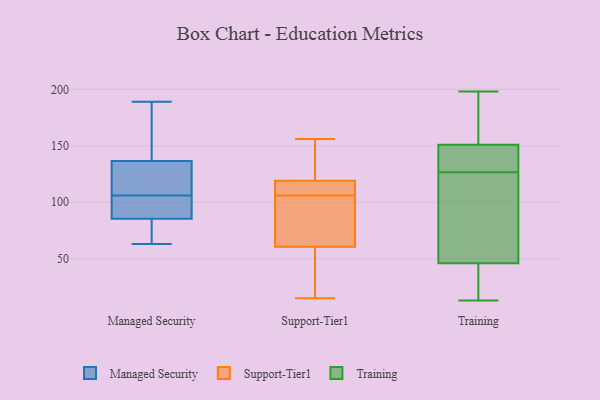
{"axis": {"x": "Bounce Rate (%)", "y": "Value"}, "legend": ["Managed Security", "Support-Tier1", "Training"], "data": [{"x": "", "y": 187, "type": "Managed Security"}, {"x": "", "y": 63, "type": "Managed Security"}, {"x": "", "y": 63, "type": "Managed Security"}, {"x": "", "y": 189, "type": "Managed Security"}, {"x": "", "y": 135, "type": "Managed Security"}, {"x": "", "y": 114, "type": "Managed Security"}, {"x": "", "y": 92, "type": "Managed Security"}, {"x": "", "y": 105, "type": "Managed Security"}, {"x": "", "y": 106, "type": "Managed Security"}, {"x": "", "y": 137, "type": "Managed Security"}, {"x": "", "y": 83, "type": "Managed Security"}, {"x": "", "y": 15, "type": "Support-Tier1"}, {"x": "", "y": 111, "type": "Support-Tier1"}, {"x": "", "y": 119, "type": "Support-Tier1"}, {"x": "", "y": 64, "type": "Support-Tier1"}, {"x": "", "y": 60, "type": "Support-Tier1"}, {"x": "", "y": 104, "type": "Support-Tier1"}, {"x": "", "y": 112, "type": "Support-Tier1"}, {"x": "", "y": 119, "type": "Support-Tier1"}, {"x": "", "y": 61, "type": "Support-Tier1"}, {"x": "", "y": 34, "type": "Support-Tier1"}, {"x": "", "y": 108, "type": "Support-Tier1"}, {"x": "", "y": 141, "type": "Support-Tier1"}, {"x": "", "y": 84, "type": "Support-Tier1"}, {"x": "", "y": 138, "type": "Support-Tier1"}, {"x": "", "y": 26, "type": "Support-Tier1"}, {"x": "", "y": 156, "type": "Support-Tier1"}, {"x": "", "y": 146, "type": "Training"}, {"x": "", "y": 69, "type": "Training"}, {"x": "", "y": 159, "type": "Training"}, {"x": "", "y": 23, "type": "Training"}, {"x": "", "y": 137, "type": "Training"}, {"x": "", "y": 198, "type": "Training"}, {"x": "", "y": 46, "type": "Training"}, {"x": "", "y": 116, "type": "Training"}, {"x": "", "y": 13, "type": "Training"}, {"x": "", "y": 28, "type": "Training"}, {"x": "", "y": 151, "type": "Training"}, {"x": "", "y": 84, "type": "Training"}, {"x": "", "y": 195, "type": "Training"}, {"x": "", "y": 150, "type": "Training"}]}